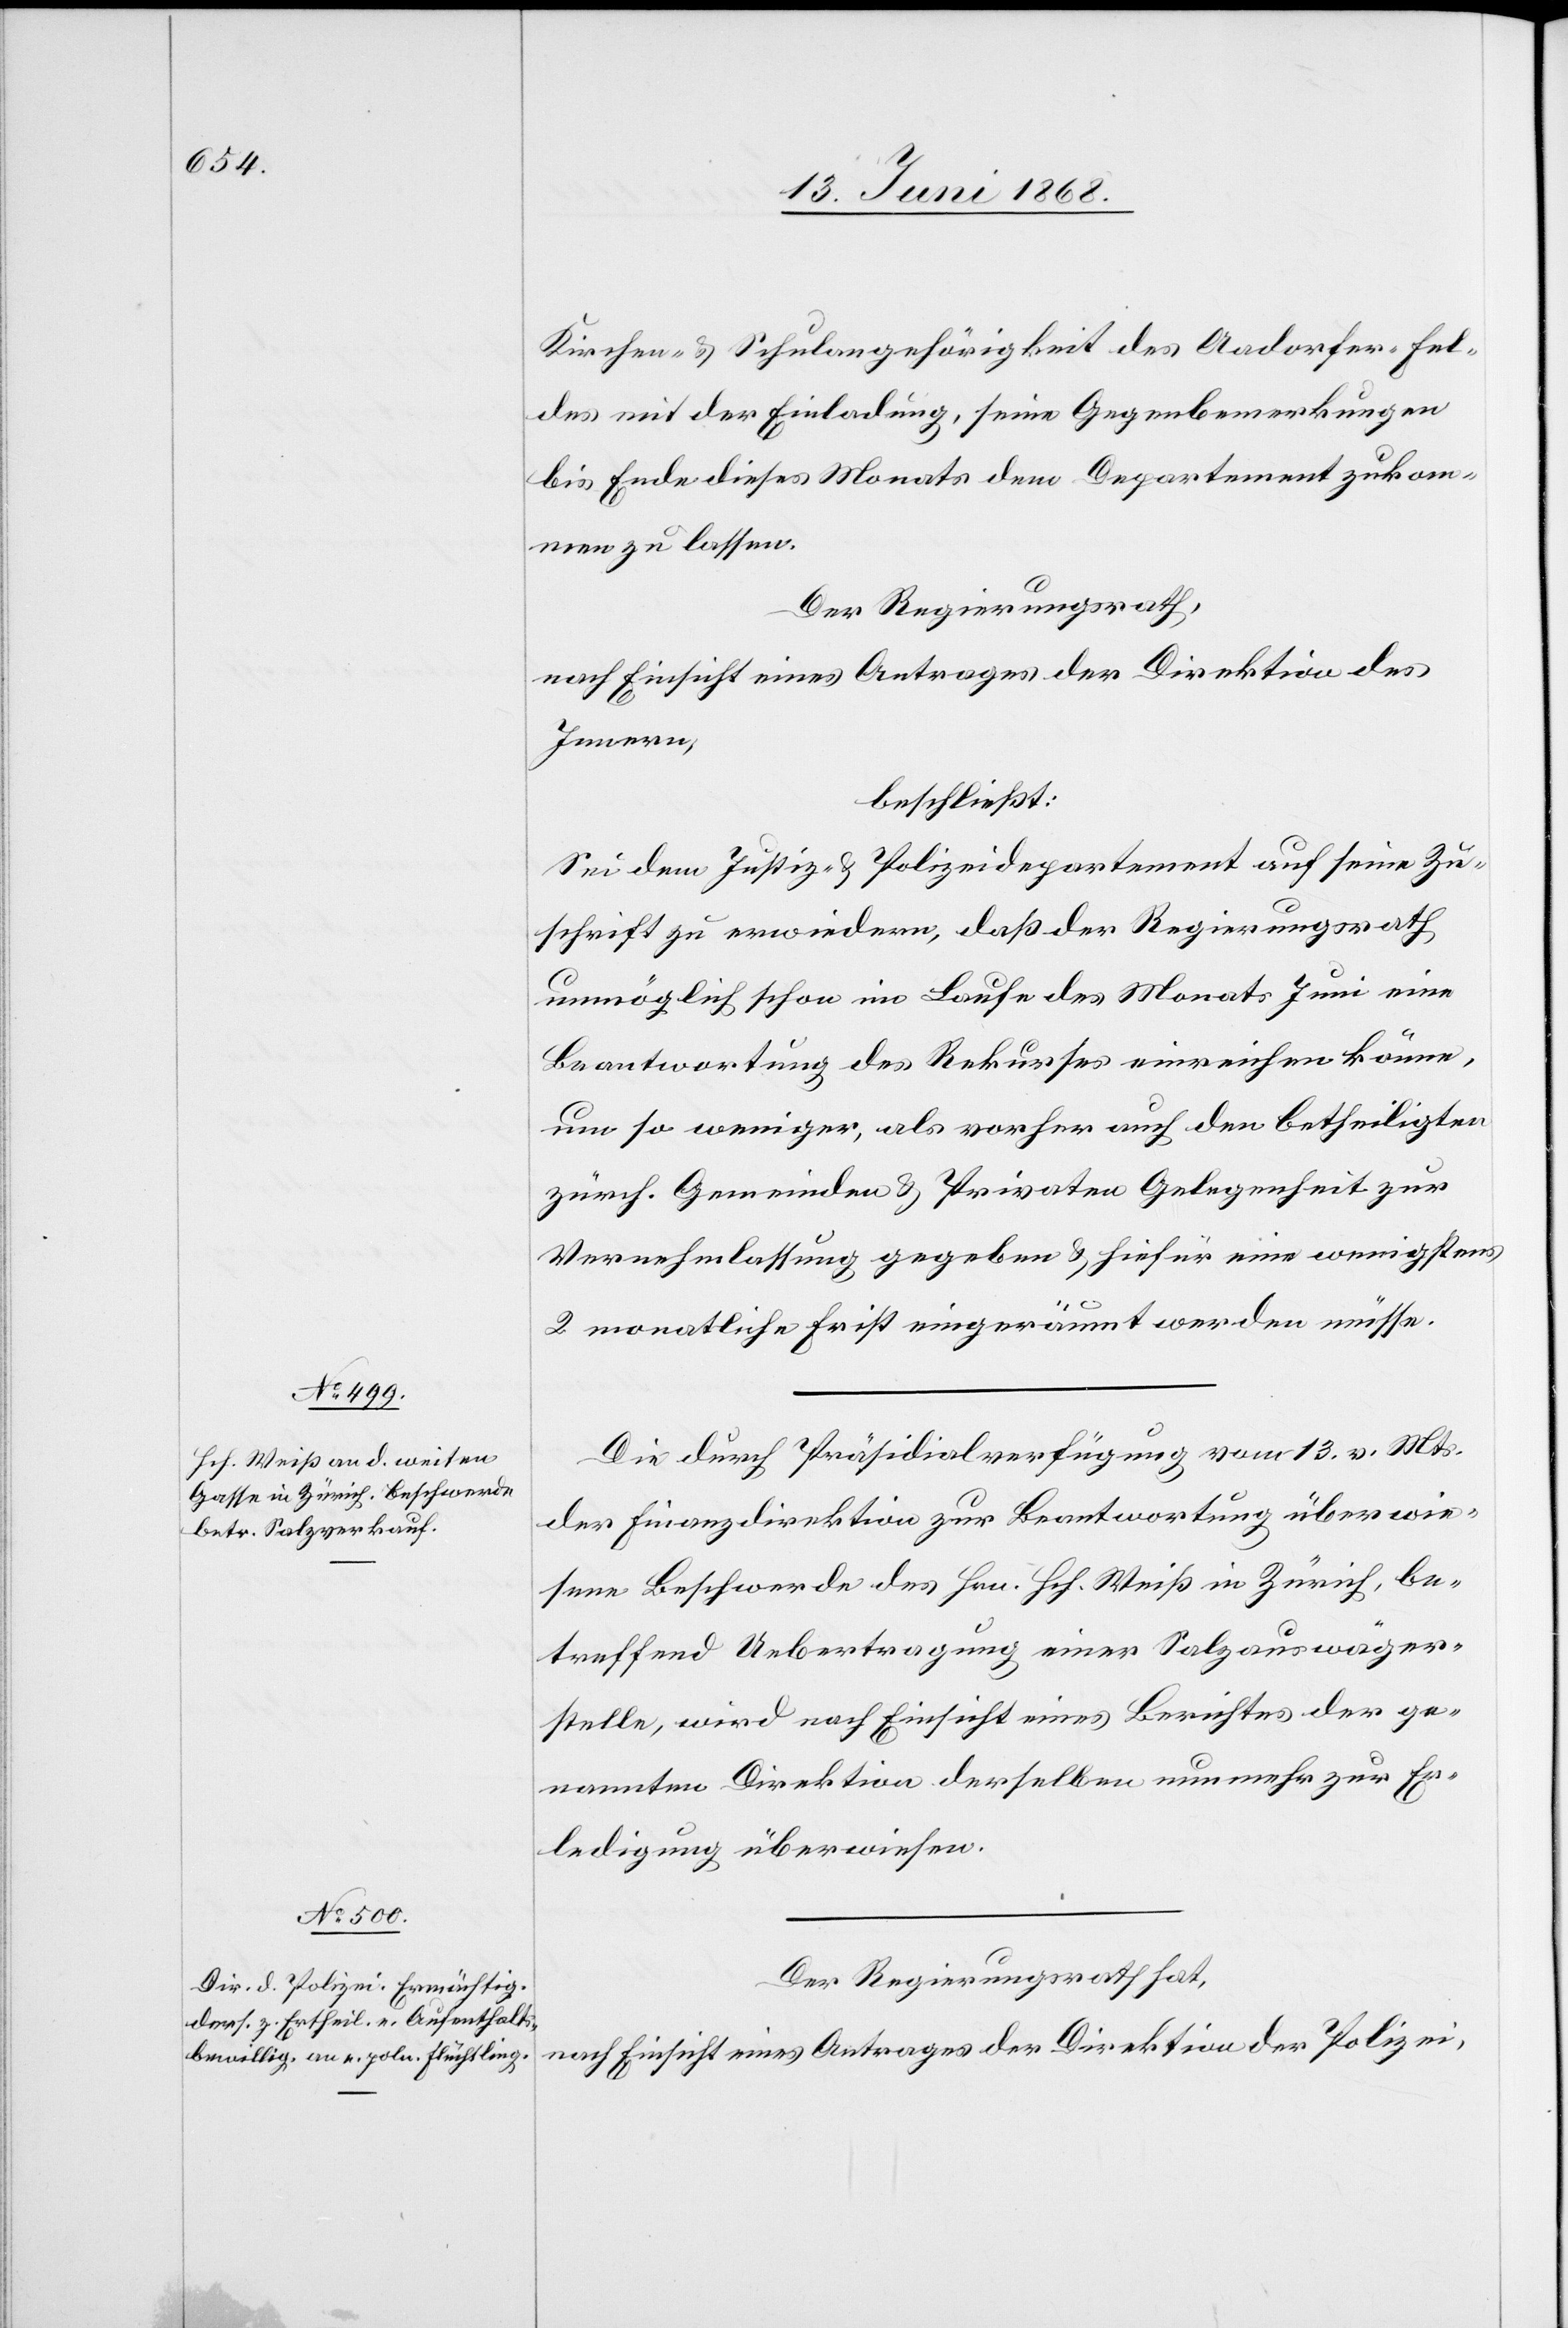
Kirchen- & Schulangehörigkeit des Aadorfer-Fel¬
des mit der Einladung, seine Gegenbemerkungen
bis Ende dieses Monats dem Departement zukom¬
men zu lassen.
Der Regierungsrath,
nach Einsicht eines Antrages der Direktion des
Innern,
beschließt:
Sei dem Justiz- & Polizeidepartement auf seine Zu¬
schrift zu erwiedern, daß der Regierungsrath
unmöglich schon im Laufe des Monats Juni eine
Beantwortung des Rekurses einreichen könne,
um so weniger, als vorher auch den betheiligten
zürch. Gemeinden & Privaten Gelegenheit zur
Vernehmlassung gegeben & hiefür eine wenigstens
2 monatliche Frist eingeräumt werden müsse.
Die durch Präsidialverfügung vom 13. v. Mts.
der Finanzdirektion zur Beantwortung überwie¬
sene Beschwerde des Hrn. Hch. Weiß in Zürich, be¬
treffend Uebertragung einer Salzauswäger¬
stelle, wird nach Einsicht eines Berichtes der ge¬
nannten Direktion derselben nunmehr zur Er¬
ledigung überwiesen.
Der Regierungsrath hat,
nach Einsicht eines Antrages der Direktion der Polizei,